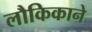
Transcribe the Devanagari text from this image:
लौकिकाने